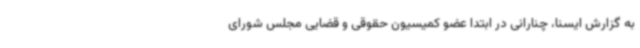
به گزارش ایسنا، چنارانی در ابتدا عضو کمیسیون حقوقی و قضایی مجلس شورای